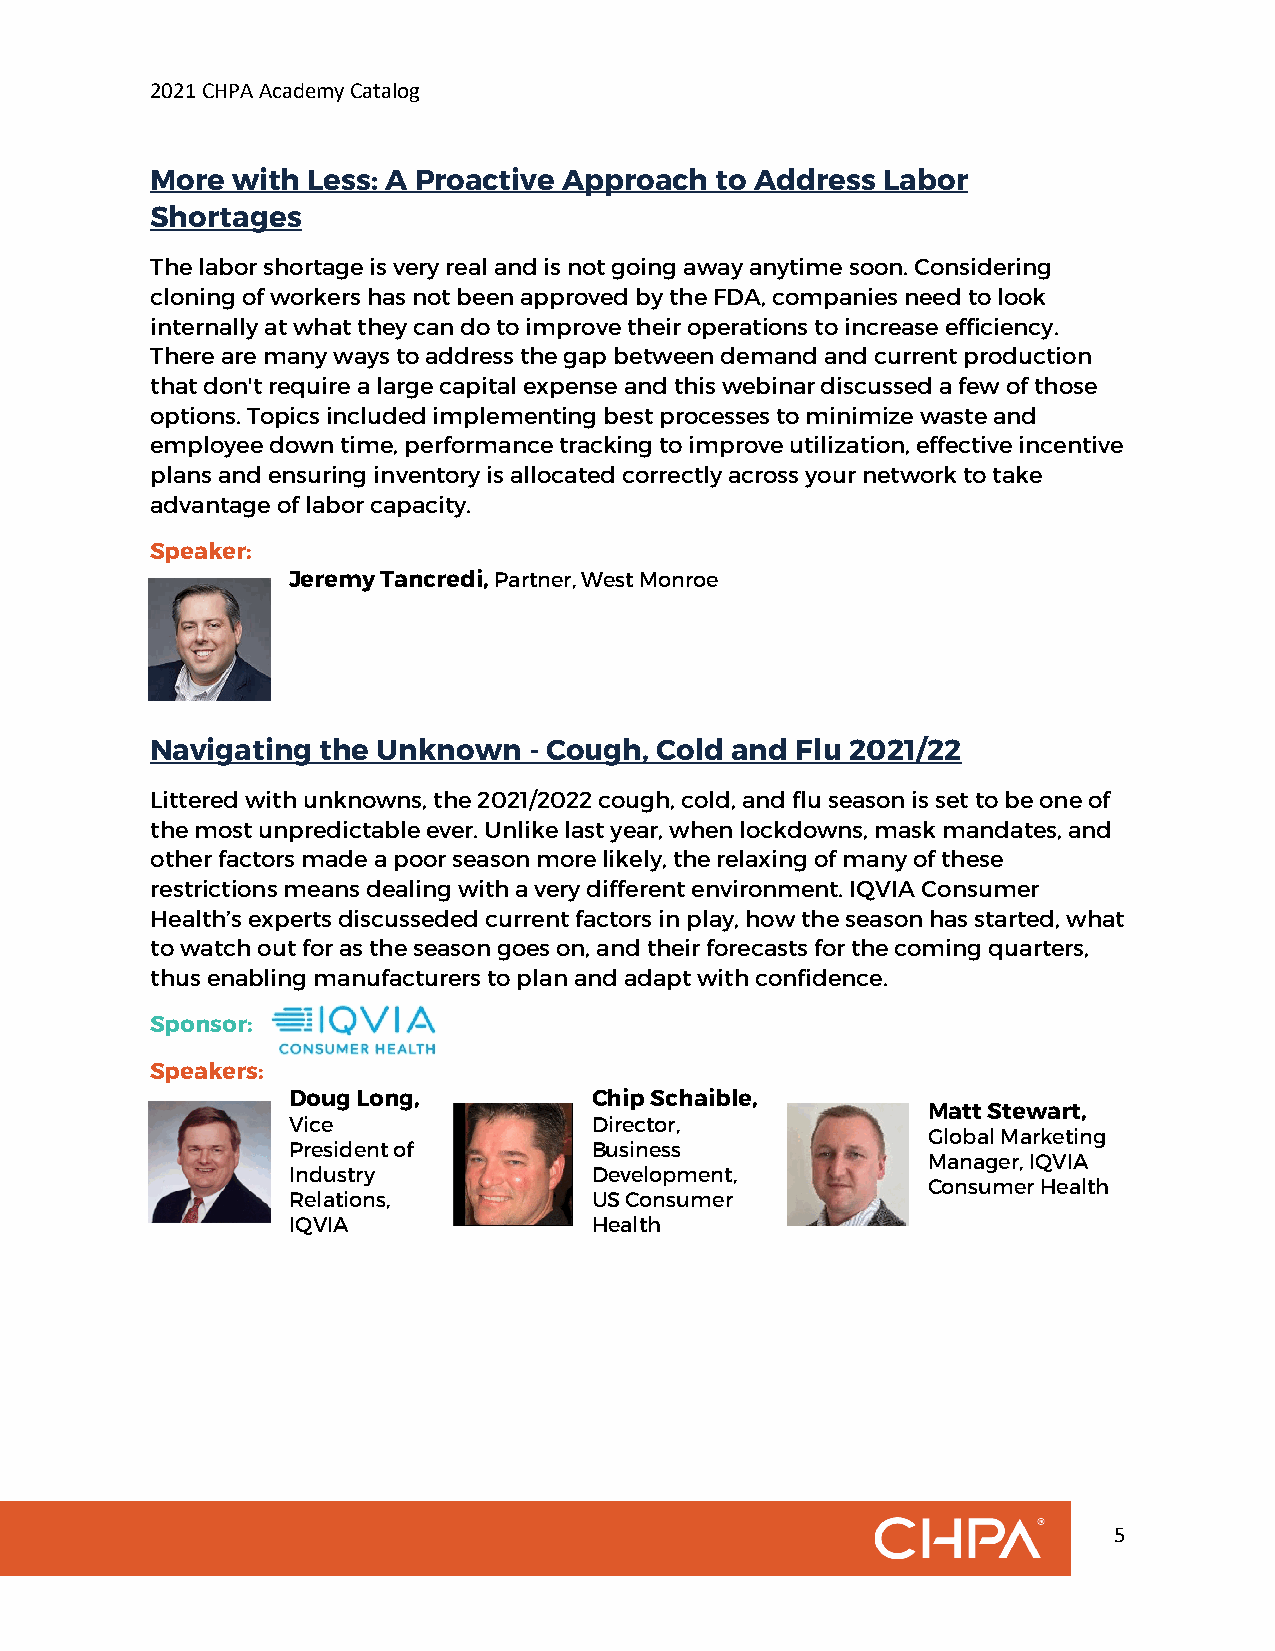
2021 CHPA Academy Catalog
 More with Less: A Proactive Approach to Address Labor
 Shortages
 The labor shortage is very real and is not going away anytime soon. Considering
 cloning of workers has not been approved by the FDA, companies need to look
 internally at what they can do to improve their operations to increase efficiency.
 There are many ways to address the gap between demand and current production
 that don't require a large capital expense and this webinar discussed a few of those
 options. Topics included implementing best processes to minimize waste and
 employee down time, performance tracking to improve utilization, effective incentive
 plans and ensuring inventory is allocated correctly across your network to take
 advantage of labor capacity.
 Speaker:
 Jeremy Tancredi, Partner, West Monroe
 Navigating the Unknown   - Cough, Cold and Flu 2021/22
 Littered with unknowns, the 2021/2022 cough, cold, and flu season is set to be one of
 the most unpredictable ever. Unlike last year, when lockdowns, mask mandates, and
 other factors made a poor season more likely, the relaxing of many of these
 restrictions means dealing with a very different environment. IQVIA Consumer
 Health’s experts discusseded current factors in play, how the season has started, what
 to watch out for as the season goes on, and their forecasts for the coming quarters,
 thus enabling manufacturers to plan and adapt with confidence.
 Sponsor:
 Speakers:
 Doug Long,          Chip Schaible,
 Matt Stewart,
 Vice                Director,
 Global Marketing
 President of        Business
 Manager, IQVIA
 Industry            Development,
 Consumer Health
 Relations,          US Consumer
 IQVIA               Health
 5